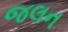
જલન